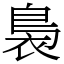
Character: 裊